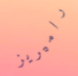
راميريز